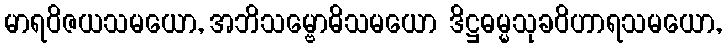
မာရဝိဇယသမယော, အဘိသမ္ဗောဓိသမယော ဒိဋ္ဌဓမ္မသုခဝိဟာရသမယော,